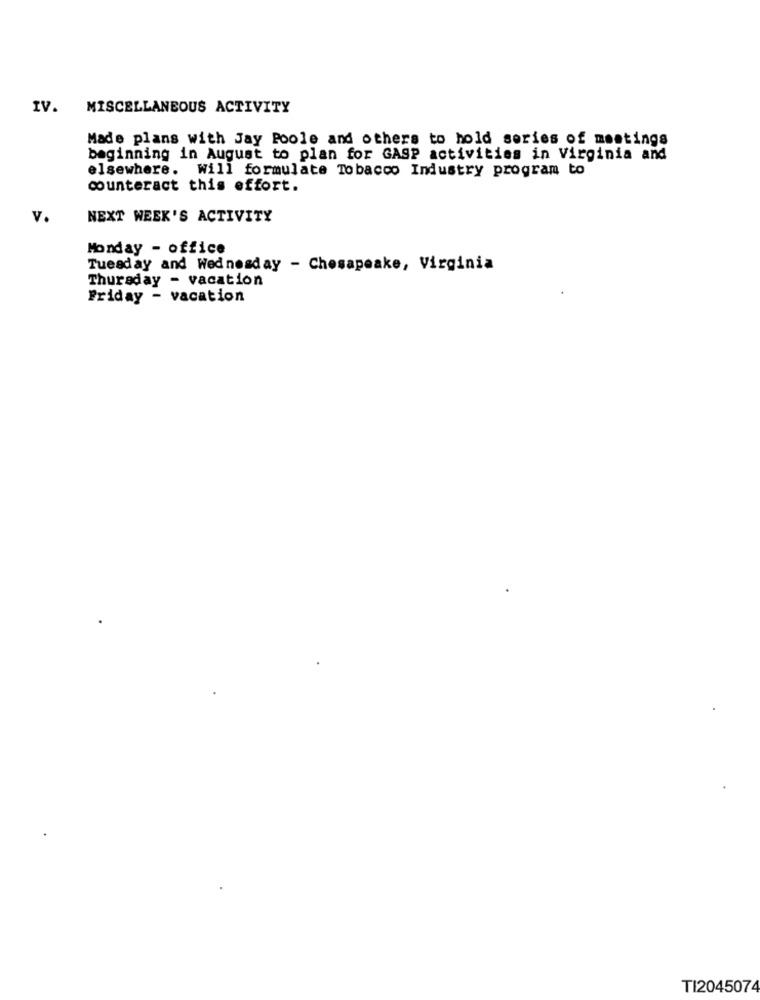
IV. MISCELLANEOUS ACTIVITY
Made plans with Jay Poole and others to hold series of meetings
beginning in August to plan for GASP activities in Virginia and
elsewhere. Will formulate Tobacco Industry program to
counteract this effort.
v.
NEXT WEEK'S ACTIVITY
Monday - office
Tuesday and Wednesday - Chesapeake, Virginia
Thursday - vacation
Friday - vacation
TI2045074